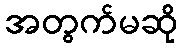
အတွက်မဆို